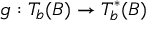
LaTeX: g : T _ { b } ( B ) \rightarrow T _ { b } ^ { \ast } ( B )